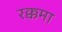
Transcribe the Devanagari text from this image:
रक्कमा